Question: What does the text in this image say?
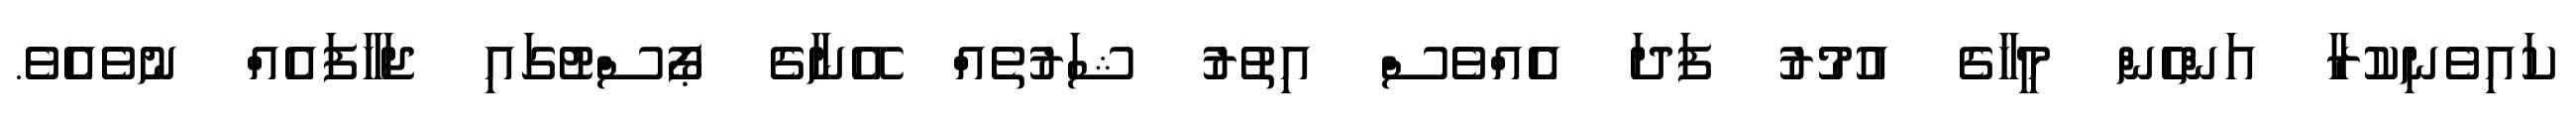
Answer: ކައިވެނިކުރާ އަންހެެން މީހާގެ އުމުުރު ފަދަ އެެއްވެސް އިތުުރު ޝަރުތެއް އޭނާގެ ޕޯސްޓުގައި ޖަހާފައެއް ނުވެެއެެވެ.